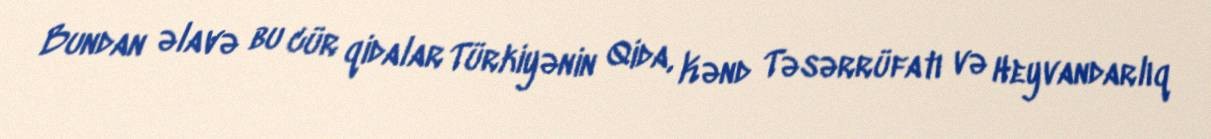
Bundan əlavə bu cür qidalar Türkiyənin Qida, Kənd Təsərrüfatı və Heyvandarlıq